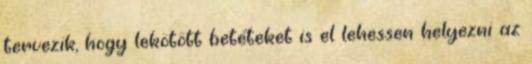
tervezik, hogy lekötött betéteket is el lehessen helyezni az